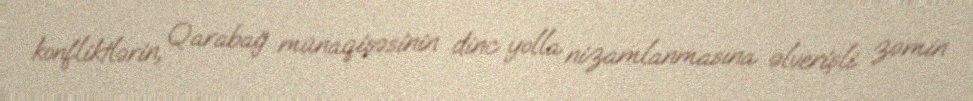
konfliktlərin, Qarabağ münaqişəsinin dinc yolla nizamlanmasına əlverişli zəmin